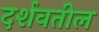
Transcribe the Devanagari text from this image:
दर्शवतील